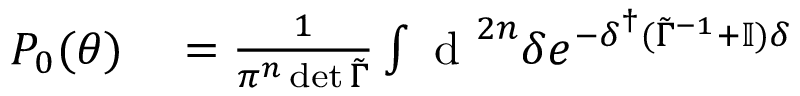
\begin{array} { r l } { P _ { 0 } ( \boldsymbol { \theta } ) } & { { } = \frac { 1 } { \pi ^ { n } \operatorname* { d e t } \tilde { \Gamma } } \int \mathrm { ~ d ~ } ^ { 2 n } { \delta } e ^ { - \boldsymbol { \delta } ^ { \dagger } ( \tilde { \Gamma } ^ { - 1 } + \mathbb { I } ) \boldsymbol { \delta } } } \end{array}